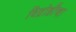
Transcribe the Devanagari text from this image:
विद्रोहीचा